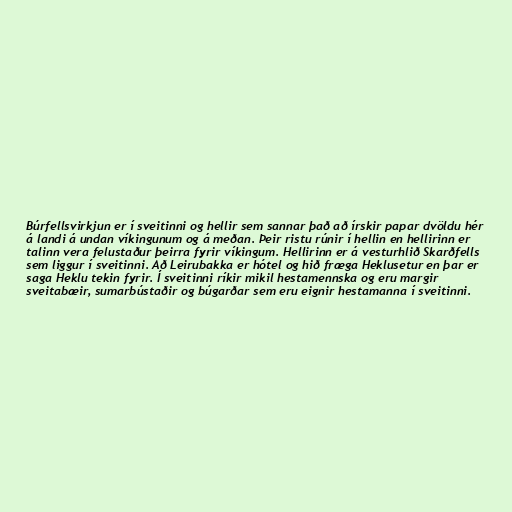
Búrfellsvirkjun er í sveitinni og hellir sem sannar það að írskir papar dvöldu hér
á landi á undan víkingunum og á meðan. Þeir ristu rúnir í hellin en hellirinn er
talinn vera felustaður þeirra fyrir víkingum. Hellirinn er á vesturhlið Skarðfells
sem liggur í sveitinni. Að Leirubakka er hótel og hið fræga Heklusetur en þar er
saga Heklu tekin fyrir. Í sveitinni ríkir mikil hestamennska og eru margir
sveitabæir, sumarbústaðir og búgarðar sem eru eignir hestamanna í sveitinni.